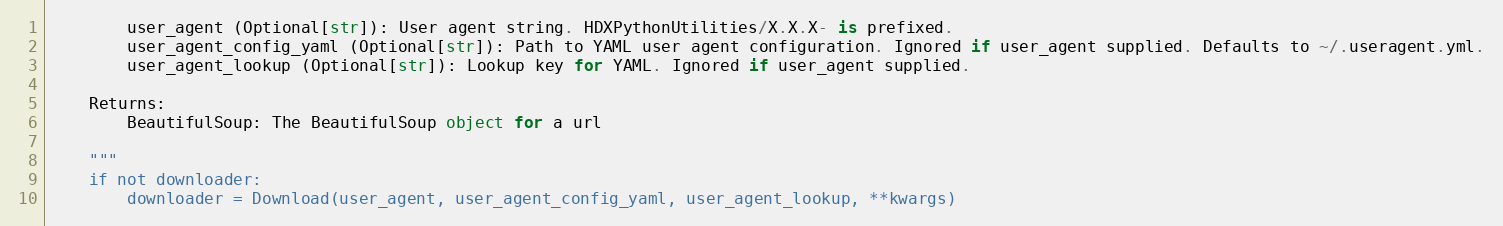
Language: Python
        user_agent (Optional[str]): User agent string. HDXPythonUtilities/X.X.X- is prefixed.
        user_agent_config_yaml (Optional[str]): Path to YAML user agent configuration. Ignored if user_agent supplied. Defaults to ~/.useragent.yml.
        user_agent_lookup (Optional[str]): Lookup key for YAML. Ignored if user_agent supplied.

    Returns:
        BeautifulSoup: The BeautifulSoup object for a url

    """
    if not downloader:
        downloader = Download(user_agent, user_agent_config_yaml, user_agent_lookup, **kwargs)